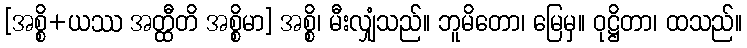
[အစ္စိ+ယဿ အတ္ထီတိ အစ္စိမာ] အစ္စိ၊ မီးလျှံသည်။ ဘူမိတော၊ မြေမှ။ ဝုဋ္ဌိတာ၊ ထသည်။